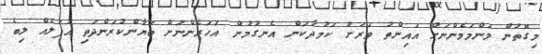
މިގޮތުން މަންމަމެންނަށް އައިންތު ވަރަށް ކަމުދާކަން އެނގުމުން އަހަރެންނަށް ބަޔާންކުރަންދަތި އުފަލެއް ލިބެ